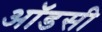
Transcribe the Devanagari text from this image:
ऑडसी